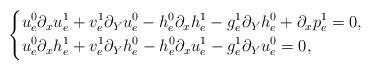
LaTeX: \begin{align*}\left \{\begin{aligned}&u^0_e\partial_x u^1_e+v^1_e\partial_Y u^0_e-h^0_e\partial_x h^1_e-g^1_e\partial_Y h^0_e+\partial_x p^1_e=0,\\&u^0_e\partial_x h^1_e+v^1_e\partial_Y h^0_e-h^0_e\partial_x u^1_e-g^1_e\partial_Y u^0_e=0,\end{aligned}\right.\end{align*}